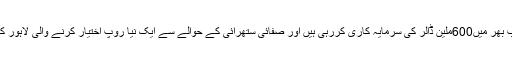
ترک کمپنیاں ”البراک“ اور” ازباک“ لاہور سمیت پنجاب بھر میں600ملین ڈالر کی سرمایہ کاری کررہی ہیں اور صفائی ستھرائی کے حوالے سے ایک نیا روپ اختیار کرنے والی لاہور کی سٹرکیں اِن کمپنیوں کی اَن تھک محنت کی گوا ہ ہیں۔